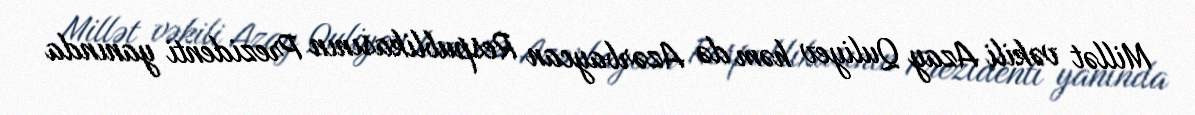
Millət vəkili Azay Quliyev həm də Azərbaycan Respublikasının Prezidenti yanında